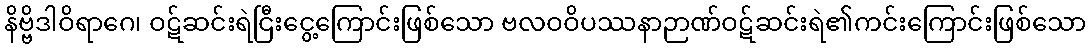
နိဗ္ဗိဒါဝိရာဂေ၊ ဝဋ်ဆင်းရဲငြီးငွေ့ကြောင်းဖြစ်သော ဗလဝဝိပဿနာဉာဏ်ဝဋ်ဆင်းရဲ၏ကင်းကြောင်းဖြစ်သော